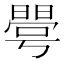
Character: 𰖦